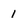
Character: 1